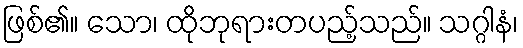
ဖြစ်၏။ သော၊ ထိုဘုရားတပည့်သည်။ သဂ္ဂါနံ၊